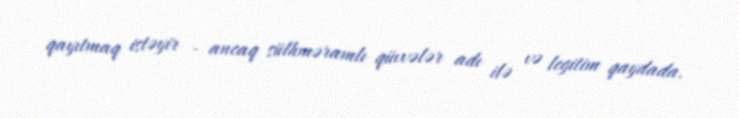
qayıtmaq istəyir - ancaq sülhməramlı qüvvələr adı ilə və legitim qaydada.